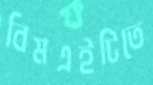
বিমএইটিতে